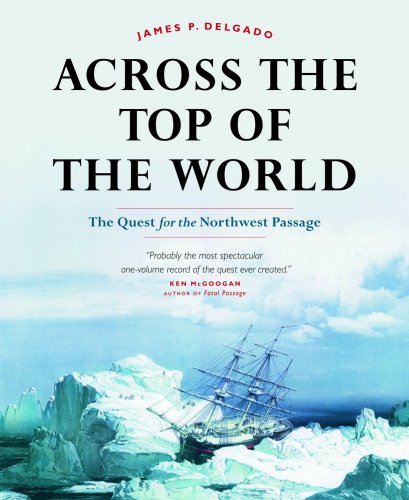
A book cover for Across the Top of the World: The Quest for the Northwest Passage; James Delgado; History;